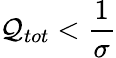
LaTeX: \mathcal{Q}_{tot}<\frac{{1}}{{\sigma}}